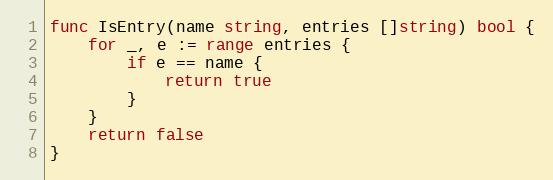
Language: Go
func IsEntry(name string, entries []string) bool {
	for _, e := range entries {
		if e == name {
			return true
		}
	}
	return false
}